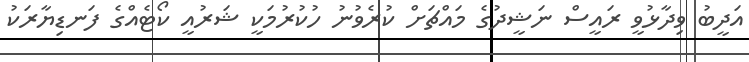
އަދީބު ވިދާޅުވީ ރައީސް ނަޝީދުގެ މައްޗަށް ކުރެވުނު ހުކުރުމަކީ ޝަރުއީ ކޯޓެއްގެ ފަނޑިޔާރަކު